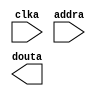
module inst_mem(
	clka,
	addra,
	douta);


input clka;
input [6 : 0] addra;
output [15 : 0] douta;

// synthesis translate_off

      BLK_MEM_GEN_V4_3 #(
		.C_ADDRA_WIDTH(7),
		.C_ADDRB_WIDTH(7),
		.C_ALGORITHM(1),
		.C_BYTE_SIZE(9),
		.C_COMMON_CLK(0),
		.C_DEFAULT_DATA("0"),
		.C_DISABLE_WARN_BHV_COLL(0),
		.C_DISABLE_WARN_BHV_RANGE(0),
		.C_FAMILY("spartan3"),
		.C_HAS_ENA(0),
		.C_HAS_ENB(0),
		.C_HAS_INJECTERR(0),
		.C_HAS_MEM_OUTPUT_REGS_A(0),
		.C_HAS_MEM_OUTPUT_REGS_B(0),
		.C_HAS_MUX_OUTPUT_REGS_A(0),
		.C_HAS_MUX_OUTPUT_REGS_B(0),
		.C_HAS_REGCEA(0),
		.C_HAS_REGCEB(0),
		.C_HAS_RSTA(0),
		.C_HAS_RSTB(0),
		.C_HAS_SOFTECC_INPUT_REGS_A(0),
		.C_HAS_SOFTECC_OUTPUT_REGS_B(0),
		.C_INITA_VAL("0"),
		.C_INITB_VAL("0"),
		.C_INIT_FILE_NAME("no_coe_file_loaded"),
		.C_LOAD_INIT_FILE(0),
		.C_MEM_TYPE(3),
		.C_MUX_PIPELINE_STAGES(0),
		.C_PRIM_TYPE(1),
		.C_READ_DEPTH_A(128),
		.C_READ_DEPTH_B(128),
		.C_READ_WIDTH_A(16),
		.C_READ_WIDTH_B(16),
		.C_RSTRAM_A(0),
		.C_RSTRAM_B(0),
		.C_RST_PRIORITY_A("CE"),
		.C_RST_PRIORITY_B("CE"),
		.C_RST_TYPE("SYNC"),
		.C_SIM_COLLISION_CHECK("NONE"),
		.C_USE_BYTE_WEA(0),
		.C_USE_BYTE_WEB(0),
		.C_USE_DEFAULT_DATA(0),
		.C_USE_ECC(0),
		.C_USE_SOFTECC(0),
		.C_WEA_WIDTH(1),
		.C_WEB_WIDTH(1),
		.C_WRITE_DEPTH_A(128),
		.C_WRITE_DEPTH_B(128),
		.C_WRITE_MODE_A("WRITE_FIRST"),
		.C_WRITE_MODE_B("WRITE_FIRST"),
		.C_WRITE_WIDTH_A(16),
		.C_WRITE_WIDTH_B(16),
		.C_XDEVICEFAMILY("spartan3e"))
	inst (
		.CLKA(clka),
		.ADDRA(addra),
		.DOUTA(douta),
		.RSTA(),
		.ENA(),
		.REGCEA(),
		.WEA(),
		.DINA(),
		.CLKB(),
		.RSTB(),
		.ENB(),
		.REGCEB(),
		.WEB(),
		.ADDRB(),
		.DINB(),
		.DOUTB(),
		.INJECTSBITERR(),
		.INJECTDBITERR(),
		.SBITERR(),
		.DBITERR(),
		.RDADDRECC());


// synthesis translate_on

// XST black box declaration
// box_type "black_box"
// synthesis attribute box_type of inst_mem is "black_box"

endmodule